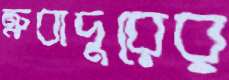
ত্রুবাদুরের